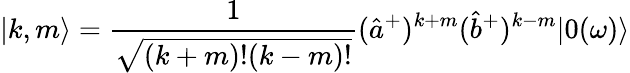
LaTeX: {|k,m\rangle}=\frac{1}{\sqrt{{(k+m)}!{(k-m)}!}}({\hat{a}}^{+})^{k+m}({\hat{b}}^{+})^{k-m}|0(\omega)\rangle